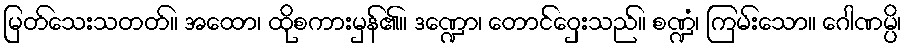
မြတ်သေးသတတ်။ အထော၊ ထိုစကားမှန်၏။ ဒဏ္ဍော၊ တောင်ဝှေးသည်။ စဏ္ဍံ၊ ကြမ်းသော။ ဂေါဏမ္ပိ၊